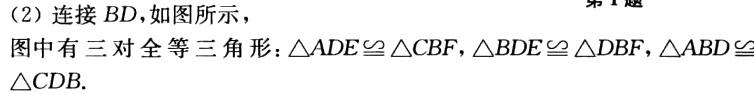
(2) 连接 \(BD\)，如图所示，
图中有三对全等三角形：\(\triangle ADE\cong\triangle CBF\)，\(\triangle BDE\cong\triangle DBF\)，\(\triangle ABD\cong\triangle CDB\).